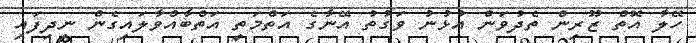
ހޭލާ އޮތް ޒޫރިން ތެދުވަން އުޅުނު ވަގުތު އޭނާގެ އަތްމަތީ އަތްބާއްވާލައިގެން ނިދިފައި